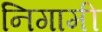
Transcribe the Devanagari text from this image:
निगामी